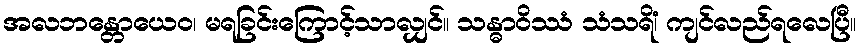
အလဘန္တောယေဝ၊ မရခြင်းကြောင့်သာလျှင်။ သန္ဓာဝိဿံ သံသရိံ၊ ကျင်လည်ရလေပြီ။